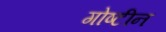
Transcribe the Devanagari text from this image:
गोष्टीन